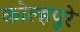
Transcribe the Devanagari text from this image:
कोल्हपुरे